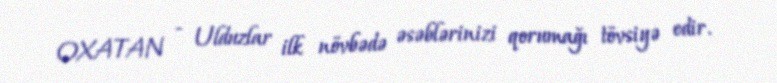
OXATAN - Ulduzlar ilk növbədə əsəblərinizi qorumağı tövsiyə edir.